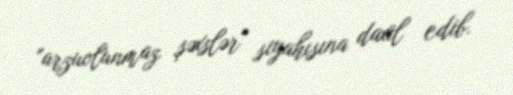
"arzuolunmaz şəxslər" siyahısına daxil edib.